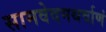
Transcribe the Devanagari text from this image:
सामवेदमथर्वाणं